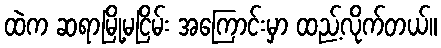
ထဲက ဆရာမြို့မငြိမ်း အကြောင်းမှာ ထည့်လိုက်တယ်။